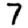
Digit: 7